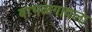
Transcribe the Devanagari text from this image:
बाभळगावला